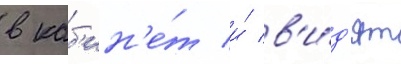
в каб'ин'е́т и́ в'и́д'ят